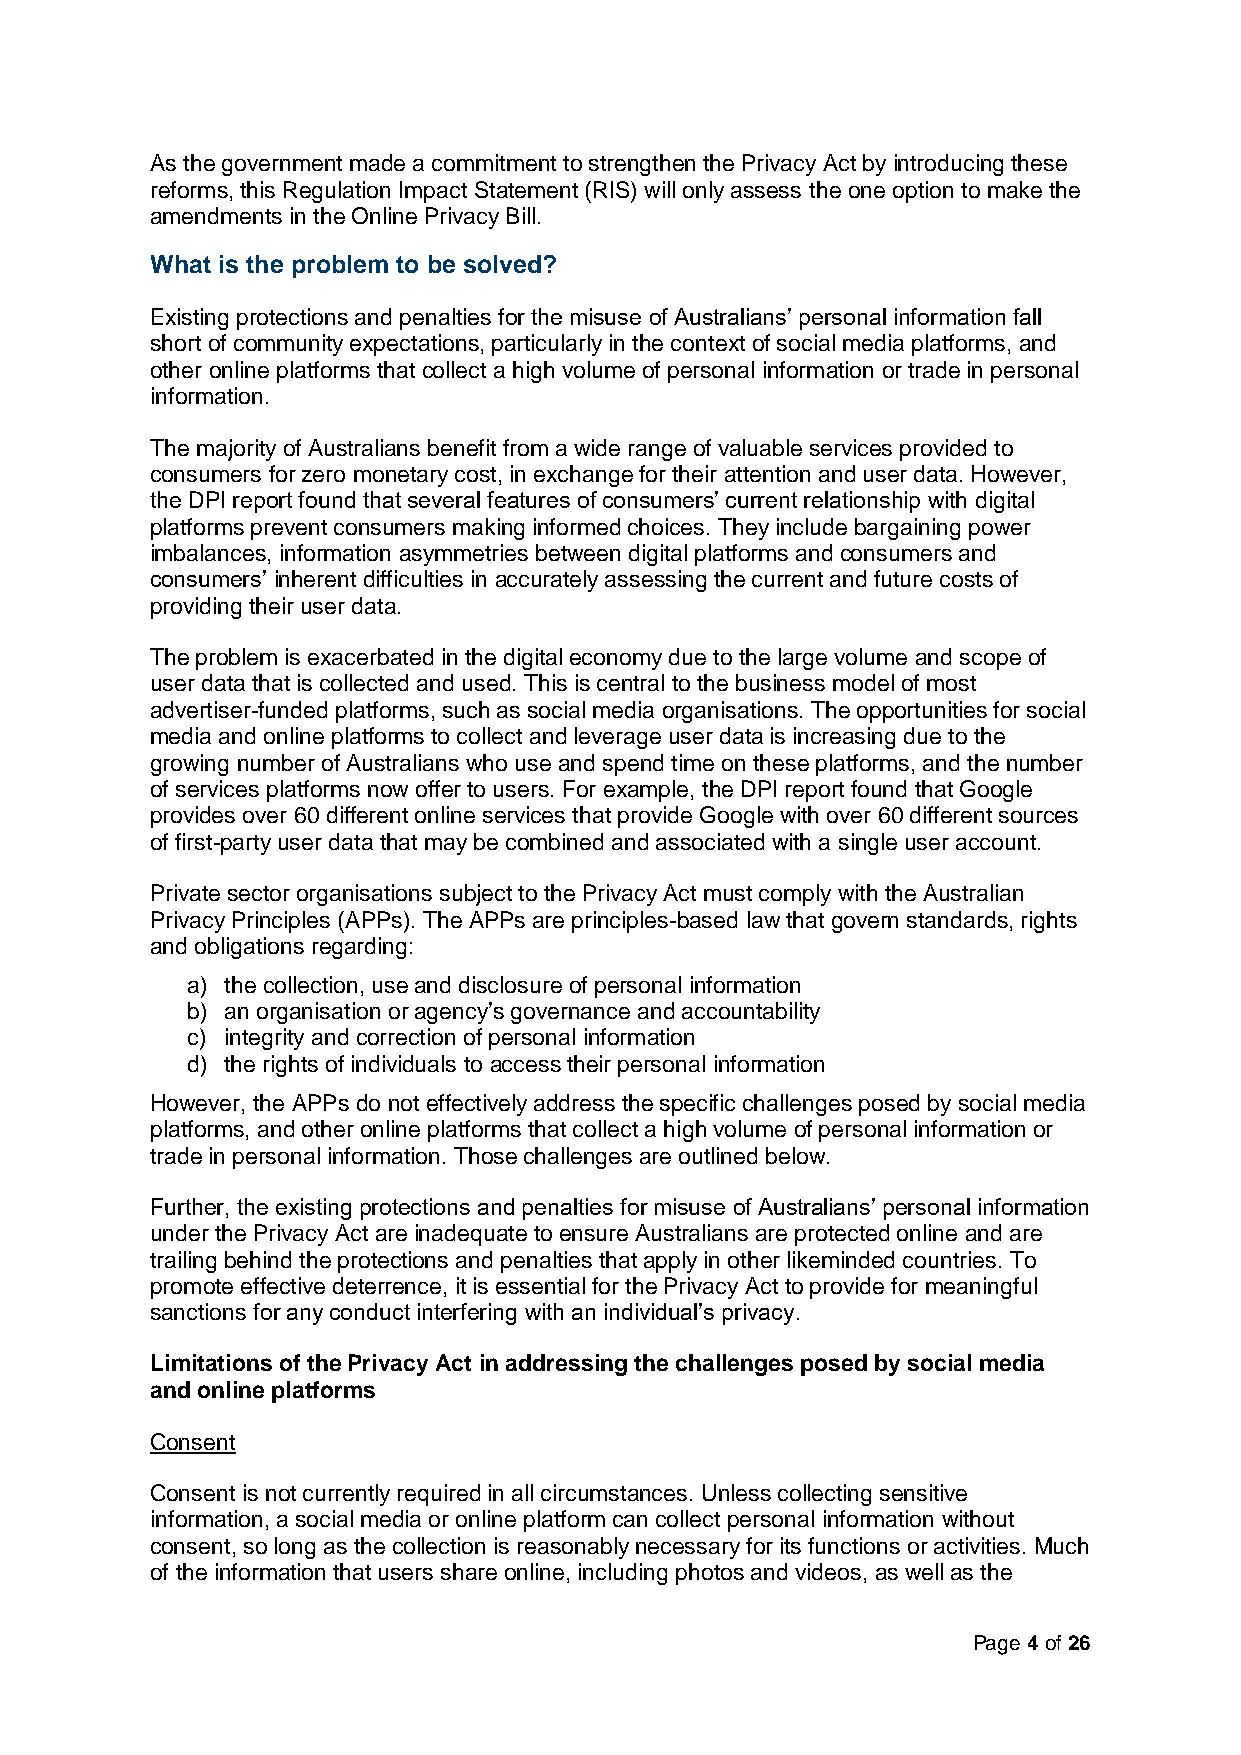
As the government made a commitment to strengthen the Privacy Act by introducing these
 reforms, this Regulation Impact Statement (RIS) will only assess the one option to make the
 amendments in the Online Privacy Bill.
 What is the problem to be solved?
 Existing protections and penalties for the misuse of Australians’ personal information fall
 short of community expectations, particularly in the context of social media platforms, and
 other online platforms that collect a high volume of personal information or trade in personal
 information.
 The majority of Australians benefit from a wide range of valuable services provided to
 consumers for zero monetary cost, in exchange for their attention and user data. However,
 the DPI report found that several features of consumers’ current relationship with digital
 platforms prevent consumers making informed choices. They include bargaining power
 imbalances, information asymmetries between digital platforms and consumers and
 consumers’ inherent difficulties in accurately assessing the current and future costs of
 providing their user data.
 The problem is exacerbated in the digital economy due to the large volume and scope of
 user data that is collected and used. This is central to the business model of most
 advertiser-funded platforms, such as social media organisations. The opportunities for social
 media and online platforms to collect and leverage user data is increasing due to the
 growing number of Australians who use and spend time on these platforms, and the number
 of services platforms now offer to users. For example, the DPI report found that Google
 provides over 60 different online services that provide Google with over 60 different sources
 of first-party user data that may be combined and associated with a single user account.
 Private sector organisations subject to the Privacy Act must comply with the Australian
 Privacy Principles (APPs). The APPs are principles-based law that govern standards, rights
 and obligations regarding:
 a) the collection, use and disclosure of personal information
 b) an organisation or agency’s governance and accountability
 c) integrity and correction of personal information
 d) the rights of individuals to access their personal information
 However, the APPs do not effectively address the specific challenges posed by social media
 platforms, and other online platforms that collect a high volume of personal information or
 trade in personal information. Those challenges are outlined below.
 Further, the existing protections and penalties for misuse of Australians’ personal information
 under the Privacy Act are inadequate to ensure Australians are protected online and are
 trailing behind the protections and penalties that apply in other likeminded countries. To
 promote effective deterrence, it is essential for the Privacy Act to provide for meaningful
 sanctions for any conduct interfering with an individual’s privacy.
 Limitations of the Privacy Act in addressing the challenges posed by social media
 and online platforms
 Consent
 Consent is not currently required in all circumstances. Unless collecting sensitive
 information, a social media or online platform can collect personal information without
 consent, so long as the collection is reasonably necessary for its functions or activities. Much
 of the information that users share online, including photos and videos, as well as the
 Page 4 of 26